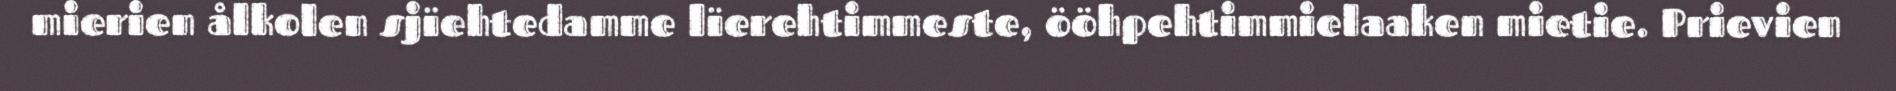
mierien ålkolen sjïehtedamme lïerehtimmeste, ööhpehtimmielaaken mietie. Prievien